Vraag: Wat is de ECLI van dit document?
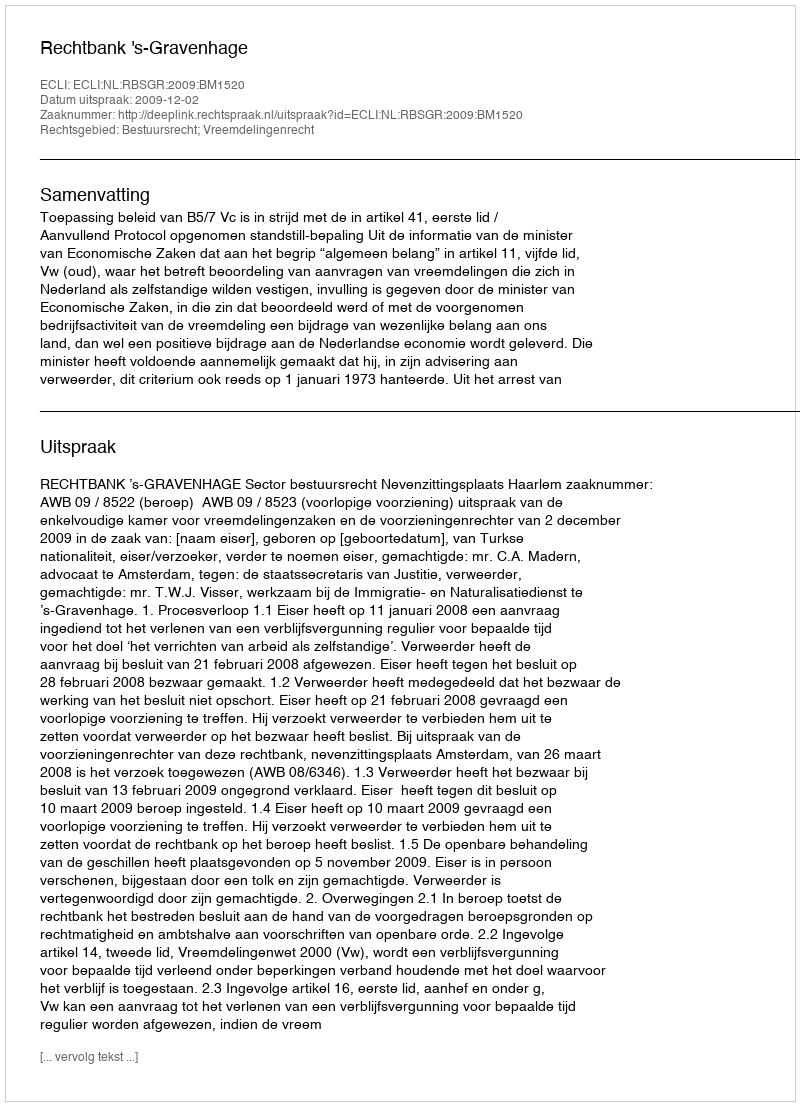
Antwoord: ECLI:NL:RBSGR:2009:BM1520